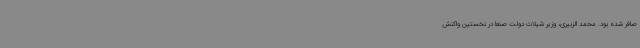
صافر شده بود. محمد الزبیری، وزیر شیلات دولت صنعا در نخستین واکنش